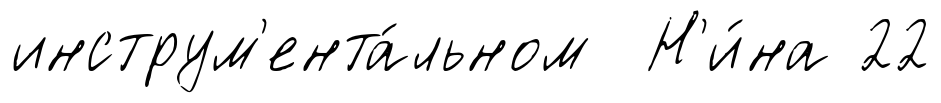
инструм'ента́льном Н'и́на 22